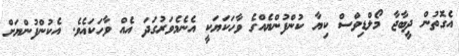
އެގޮތުން ދީބާޖާ މޯލްޑިވްސް ކިޔާ ކުންފުންޔެއްގެ ވާހަކަޔަކީ އެނެމެވަރުގަދަ އެއް ވާހަކައެވެ. އެކުންފުންޔަށް